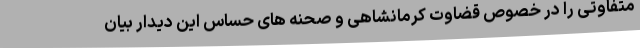
متفاوتی را در خصوص قضاوت کرمانشاهی و صحنه های حساس این دیدار بیان